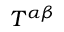
T ^ { \alpha \beta }